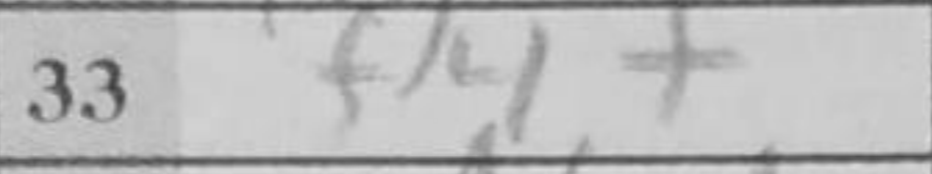
Transcription: f4+